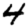
Digit: 4